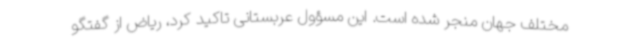
مختلف جهان منجر شده است. این مسؤول عربستانی تاکید کرد، ریاض از گفتگو